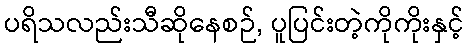
ပရိသလည်းသီဆိုနေစဉ်, ပူပြင်းတဲ့ကိုကိုးနှင့်